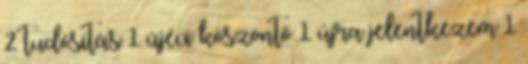
2 tudósítás 1 újévi köszöntő 1 újra jelentkezem 1